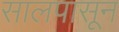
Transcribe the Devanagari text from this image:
सालपासून